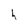
Character: h